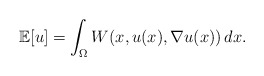
\begin{align*} \mathbb{E}[u] = \int_\Omega W(x, u(x), \nabla u(x)) \, dx. \end{align*}